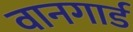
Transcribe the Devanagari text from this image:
वानगार्ड